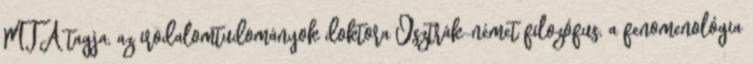
MTA tagja, az irodalomtudományok doktora Osztrák-német filozófus, a fenomenológia